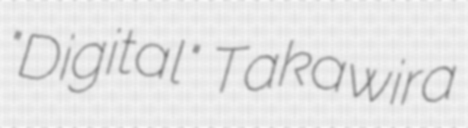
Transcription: "Digital" Takawira